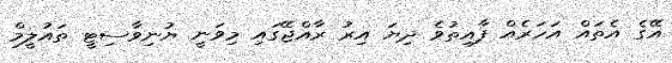
އޭގެ އެތައް އަހަރެއް ފާއިތުވެ ދިޔަ އިރު ރާއްޖޭގައި މިވަނީ ޔުނިވާސިޓީ ތައުލީމް